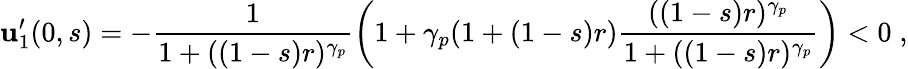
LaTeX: \mathbf{u}_{1}^{\prime}(0,s)=-\frac{{1}}{{1+((1-s)r)^{\gamma_{p}}}}\left(1+\gamma_{p}(1+(1-s)r)\frac{{((1-s)r)^{\gamma_{p}}}}{{1+((1-s)r)^{\gamma_{p}}}}\right)<0\; ,